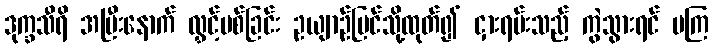
ဒုက္ခသီရိ အပြီးနောက် လွှင့်ပစ်ခြင်း ဥယျာဉ်ပြင်သို့ထုတ်၍ ငှားရမ်းသည့် ကွဲသွားရင် မကြ